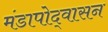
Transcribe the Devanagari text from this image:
मंडापोद्‌वासन